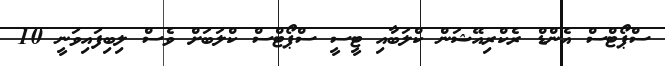
ސްޕޯޓްސް އެންޑް ރެކްރިއޭޝަން ކްލަބާއި ޓީސީ ސްޕޯޓްސް ކްލަބަށް ވެސް ލިބިފައިވަނީ 10